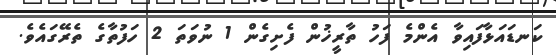
ކަނޑައަޅާފައިވާ އެންމެ ފަހު ތާރީޚުން ފެށިގެން 1 ނުވަތަ 2 ހަފުތާގެ ތެރޭގައެވެ.